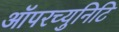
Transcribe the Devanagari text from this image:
ऑपरच्युनिटि